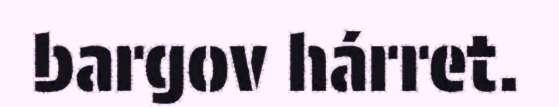
bargov hárret.